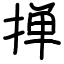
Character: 掸